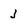
Character: j